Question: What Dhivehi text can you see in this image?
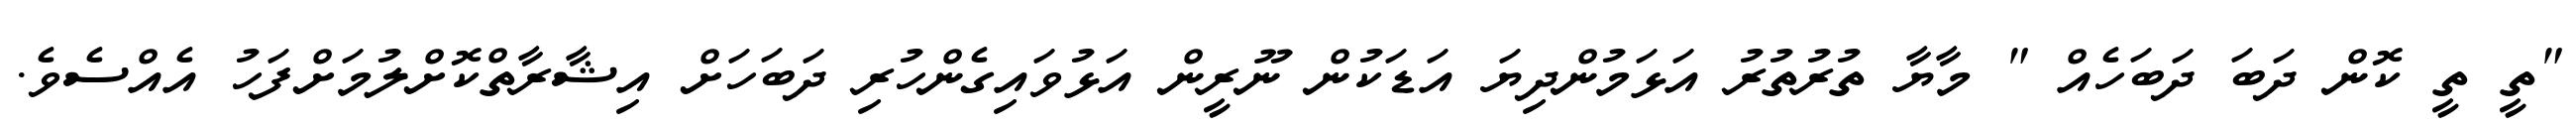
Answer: "ތީ ތީ ކޮން ދަބަ ދަބަހެއް " މާޔާ ތުރުތުރު އަޅަމުންދިޔަ އަޑަކުން ނޫރީން އަޅުވައިގެންހުރި ދަބަހަށް އިޝާރާތްކޮށްލުމަށްފަހު އެއްސެވެ.